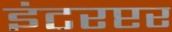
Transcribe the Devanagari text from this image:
इंटरप्टर